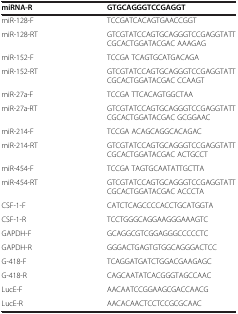
<table><thead><tr><td><b>miRNA-R</b></td><td><b>GTGCAGGGTCCGAGGT</b></td></tr></thead><tbody><tr><td>miR-128-F</td><td>TCCGATCACAGTGAACCGGT</td></tr><tr><td>miR-128-RT</td><td>GTCGTATCCAGTGCAGGGTCCGAGGTATT CGCACTGGATACGAC AAAGAG</td></tr><tr><td>miR-152-F</td><td>TCCGA TCAGTGCATGACAGA</td></tr><tr><td>miR-152-RT</td><td>GTCGTATCCAGTGCAGGGTCCGAGGTATT CGCACTGGATACGAC CCAAGT</td></tr><tr><td>miR-27a-F</td><td>TCCGA TTCACAGTGGCTAA</td></tr><tr><td>miR-27a-RT</td><td>GTCGTATCCAGTGCAGGGTCCGAGGTATT CGCACTGGATACGAC GCGGAAC</td></tr><tr><td>miR-214-F</td><td>TCCGA ACAGCAGGCACAGAC</td></tr><tr><td>miR-214-RT</td><td>GTCGTATCCAGTGCAGGGTCCGAGGTATT CGCACTGGATACGAC ACTGCCT</td></tr><tr><td>miR-454-F</td><td>TCCGA TAGTGCAATATTGCTTA</td></tr><tr><td>miR-454-RT</td><td>GTCGTATCCAGTGCAGGGTCCGAGGTATT CGCACTGGATACGAC ACCCTA</td></tr><tr><td>CSF-1-F</td><td>CATCTCAGCCCCACCTGCATGGTA</td></tr><tr><td>CSF-1-R</td><td>TCCTGGGCAGGAAGGGAAAGTC</td></tr><tr><td>GAPDH-F</td><td>GCAGGCGTCGGAGGGCCCCCTC</td></tr><tr><td>GAPDH-R</td><td>GGGACTGAGTGTGGCAGGGACTCC</td></tr><tr><td>G-418-F</td><td>TCAGGATGATCTGGACGAAGAGC</td></tr><tr><td>G-418-R</td><td>CAGCAATATCACGGGTAGCCAAC</td></tr><tr><td>LucE-F</td><td>AACAATCCGGAAGCGACCAACG</td></tr><tr><td>LucE-R</td><td>AACACAACTCCTCCGCGCAAC</td></tr></tbody></table>